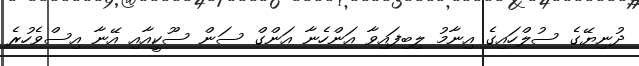
ދުނިޔޭގެ ސުލްހައިގެ އިނާމު ލިބިފައިވާ އަންހެނާ އަންގް ސަން ސޫކީއާއި އޭނާ އިސްވެހުރެ